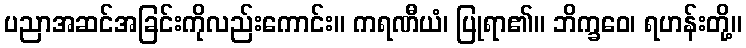
ပညာအဆင်အခြင်းကိုလည်းကောင်း။ ကရဏီယံ၊ ပြုရာ၏။ ဘိက္ခဝေ၊ ရဟန်းတို့။